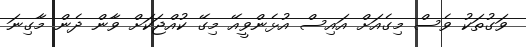
ވަގުތަކު ވެސް މިގެއަށް އައިސް އުޅެންވީއޭ މިގޭ ކުއްޖަކަށް ވާން ދެން މާގިނަ